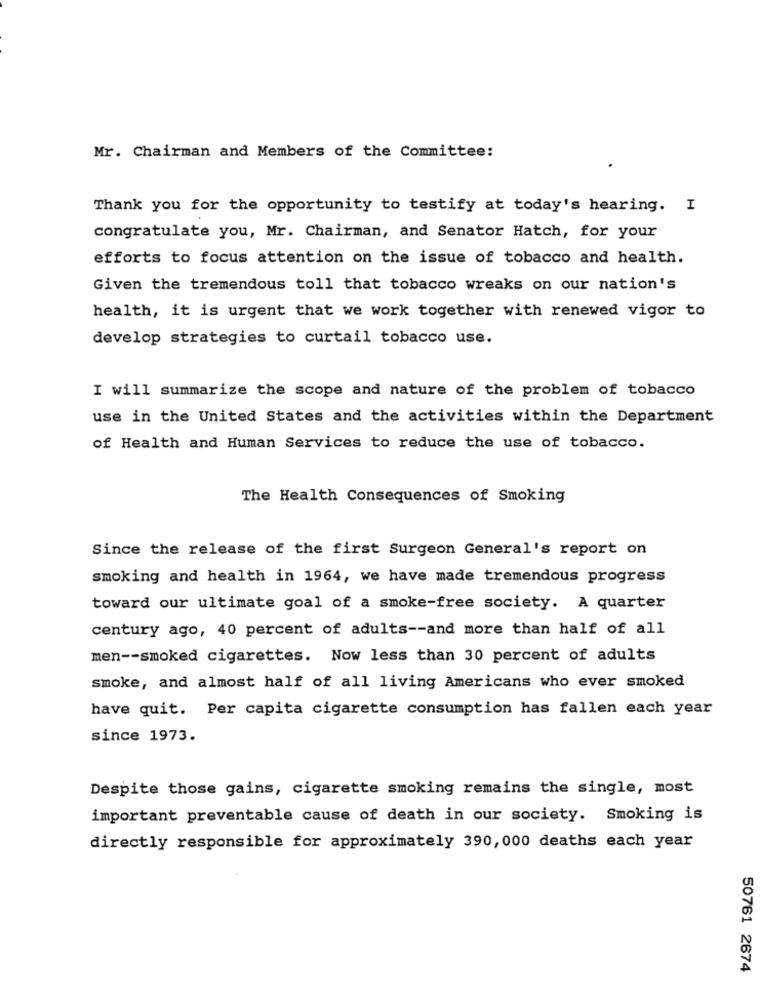
Mr. Chairman and Members of the Committee:
Thank you for the opportunity to testify at today's hearing. I
congratulate you, Mr. Chairman, and Senator Hatch, for your
efforts to focus attention on the issue of tobacco and health.
Given the tremendous toll that tobacco wreaks on our nation's
health, it is urgent that we work together with renewed vigor to
develop strategies to curtail tobacco use.
I will summarize the scope and nature of the problem of tobacco
use in the United States and the activities within the Department
of Health and Human Services to reduce the use of tobacco.
The Health Consequences of Smoking
Since the release of the first Surgeon General's report on
smoking and health in 1964, we have made tremendous progress
toward our ultimate goal of a smoke-free society. A quarter
century ago, 40 percent of adults -- and more than half of all
men -- smoked cigarettes. Now less than 30 percent of adults
smoke, and almost half of all living Americans who ever smoked
have quit. Per capita cigarette consumption has fallen each year
since 1973.
Despite those gains, cigarette smoking remains the single, most
important preventable cause of death in our society. Smoking is
directly responsible for approximately 390, 000 deaths each year
50761 2674